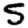
Digit: 5